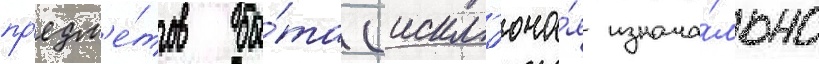
пр'едм'е́тов бы́та (искл'юча́я изнача́льно